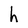
Character: h